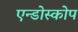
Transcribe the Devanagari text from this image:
एन्डोस्कोप